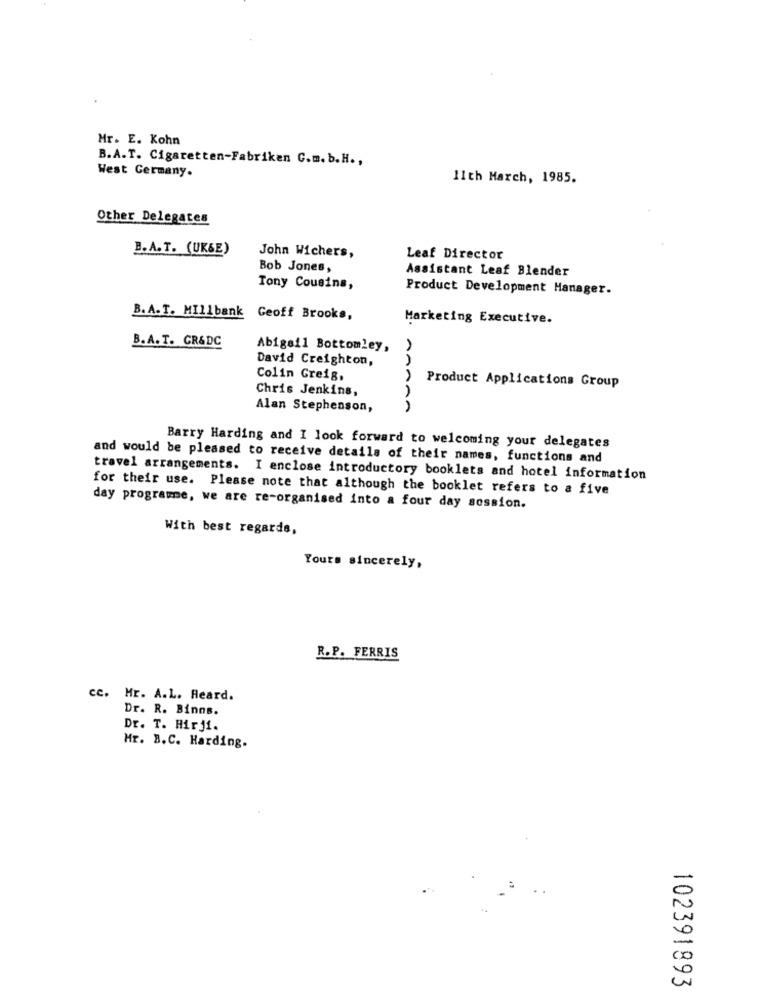
Mr. E. Kohn
B.A.T. Cigaretten-Fabriken C.m. b. H .,
West Germany.
11th March, 1985.
Other Delegates
B.A.T. (UK&E)
John Wichers,
Leaf Director
Bob Jones,
Assistant Leaf Blender
Tony Cousins,
Product Development Manager.
B. A. T. MILLbank
Geoff Brooks,
Marketing Executive.
B.A. T. GR&DC
Abigail Bottomley,
David Creighton,
Colin Greig.
Product Applications Group
Chris Jenkins,
Alan Stephenson,
AAAAA
Barry Harding and I look forward to welcoming your delegates
and would be pleased to receive details of their names, functions and
travel arrangements. I enclose introductory booklets and hotel information
for their use. Please note that although the booklet refers to a five
day programme, we are re-organised into a four day session.
With best regards,
Yours sincerely,
R.P. FERRIS
cc. Mr. A.L. Heard.
Dr. R. Binns.
Dr. T. Hirji.
Hr. B.C. Harding.
102391893